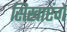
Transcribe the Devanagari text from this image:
सिखाएंगे